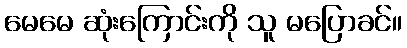
မေမေ ဆုံးကြောင်းကို သူ မပြောခင်။